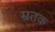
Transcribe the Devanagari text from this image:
म्रतक